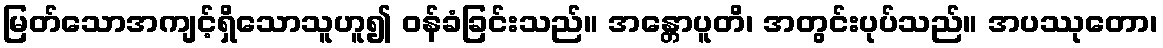
မြတ်သောအကျင့်ရှိသောသူဟူ၍ ဝန်ခံခြင်းသည်။ အန္တောပူတိ၊ အတွင်းပုပ်သည်။ အပဿုတော၊